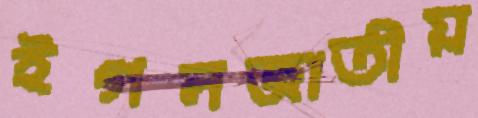
ইগলজাতীয়